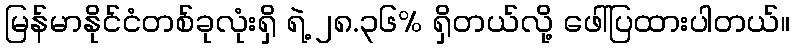
မြန်မာနိုင်ငံတစ်ခုလုံးရှိ ရဲ့ ၂၈.၃၆% ရှိတယ်လို့ ဖေါ်ပြထားပါတယ်။